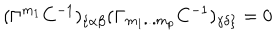
( \Gamma ^ { { m } _ { { 1 } } } C ^ { - { 1 } } ) _ { \{ \alpha \beta } ( \Gamma _ { { m } _ { { 1 } } { \bf . . . } { m } _ { { p } } } C ^ { - { 1 } } ) _ { \gamma \delta \} } = 0